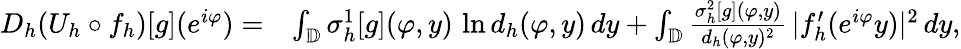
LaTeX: \begin{array}{rl}{D_{h}(U_{h}\circ f_{h})[g](e^{i\varphi})=}&{\int_{\mathbb{D}}\sigma_{h}^{1}[g](\varphi,y)\, \ln d_{h}(\varphi,y)\, dy+\int_{\mathbb{D}}\frac{\sigma_{h}^{2}[g](\varphi,y)}{d_{h}(\varphi,y)^{2}}\, |f_{h}^{\prime}(e^{i\varphi}y)|^{2}\, dy,}\end{array}